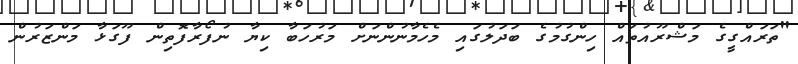
"ތަރައްގީގެ މަޝްރޫއުތައް ހިންގުމުގެ ބަދަލުގައި މެހެމާނުންނަށް މަރުހަބާ ކިޔާ ނުފޯރާފޮތިން ފޫގަޅާ މަންޒަރުން